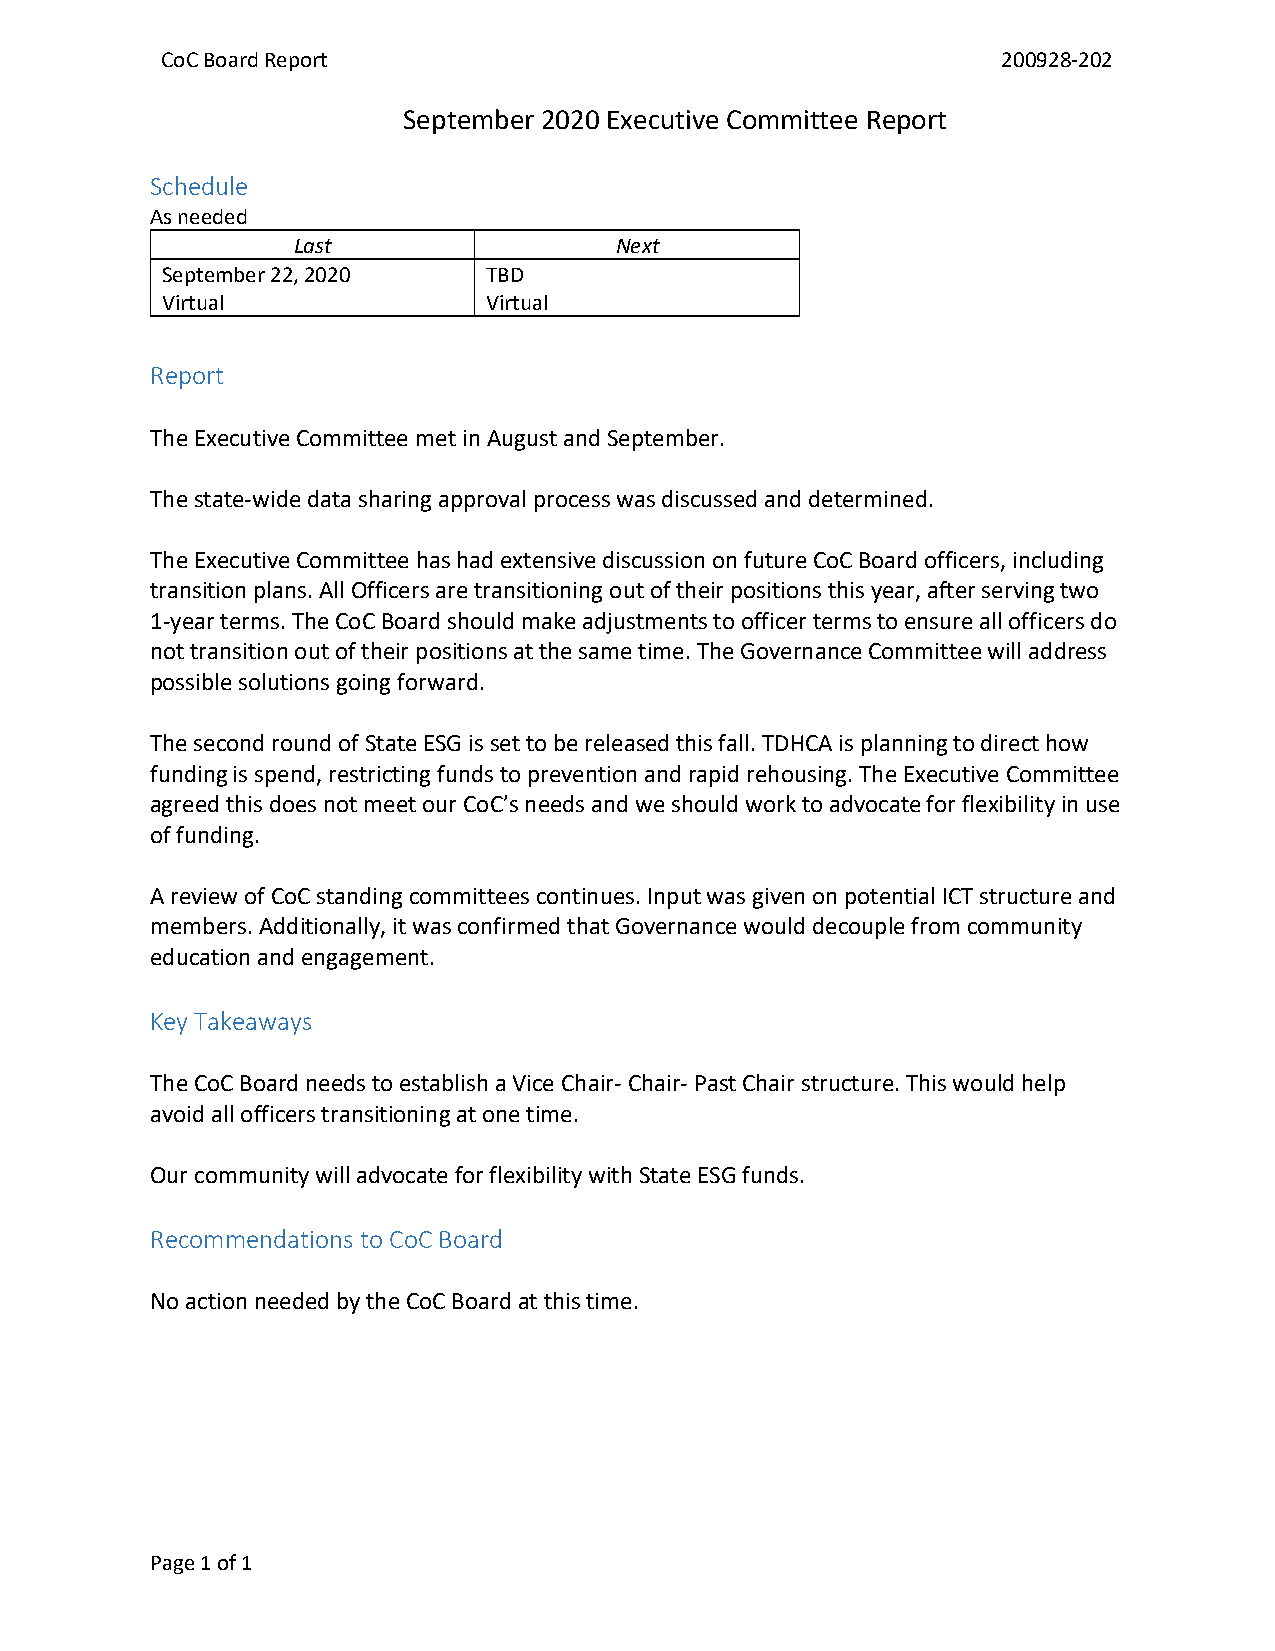
CoC Board Report                                       200928-202
 September 2020 Executive Committee Report
 Schedule
 As needed
 Last                  Next
 September 22, 2020   TBD
 Virtual              Virtual
 Report
 The Executive Committee met in August and September.
 The state-wide data sharing approval process was discussed and determined.
 The Executive Committee has had extensive discussion on future CoC Board officers, including
 transition plans. All Officers are transitioning out of their positions this year, after serving two
 1-year terms. The CoC Board should make adjustments to officer terms to ensure all officers do
 not transition out of their positions at the same time. The Governance Committee will address
 possible solutions going forward.
 The second round of State ESG is set to be released this fall. TDHCA is planning to direct how
 funding is spend, restricting funds to prevention and rapid rehousing. The Executive Committee
 agreed this does not meet our CoC’s needs and we should work to advocate for flexibility in use
 of funding.
 A review of CoC standing committees continues. Input was given on potential ICT structure and
 members. Additionally, it was confirmed that Governance would decouple from community
 education and engagement.
 Key Takeaways
 The CoC Board needs to establish a Vice Chair- Chair- Past Chair structure. This would help
 avoid all officers transitioning at one time.
 Our community will advocate for flexibility with State ESG funds.
 Recommendations to CoC Board
 No action needed by the CoC Board at this time.
 Page 1 of 1